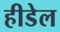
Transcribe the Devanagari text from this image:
हीडेल